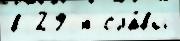
в 29 я сла́вы